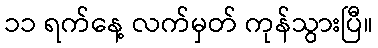
၁၁ ရက်နေ့ လက်မှတ် ကုန်သွားပြီ။